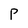
Character: P